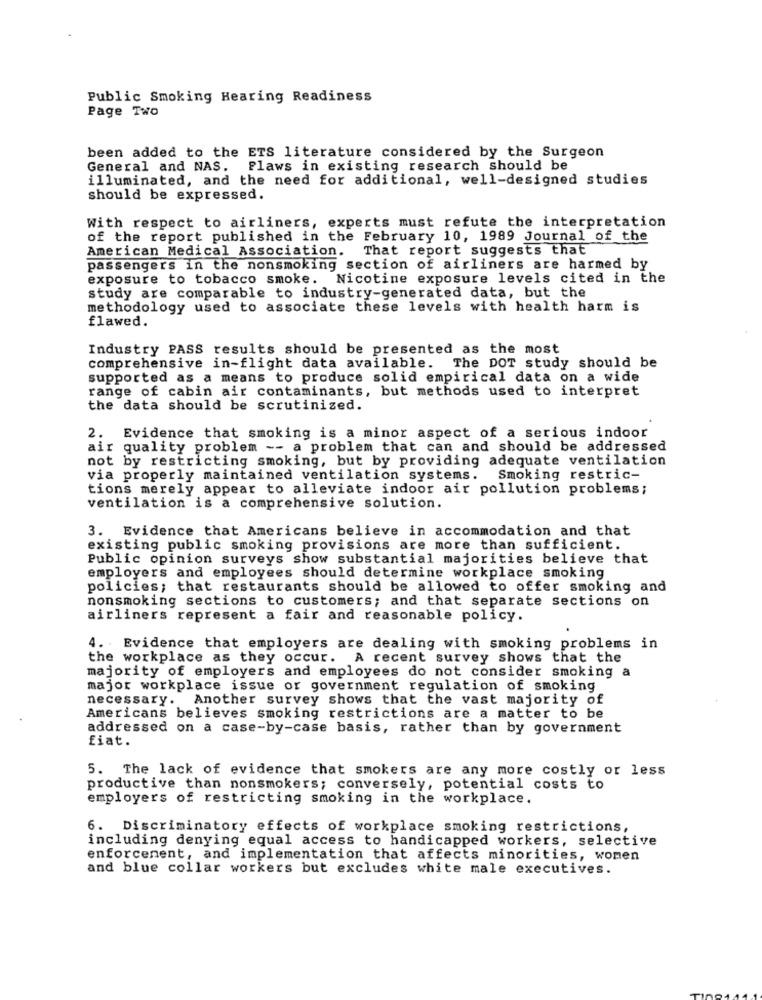
Public Smoking Hearing Readiness
Page Two
been added to the ETS literature considered by the Surgeon
General and NAS.
Flaws in existing research should be
illuminated, and the need for additional, well-designed studies
should be expressed.
With respect to airliners, experts must refute the interpretation
of the report published in the February 10, 1989 Journal of the
American Medical Association. That report suggests that
passengers in the nonsmoking section of airliners are harmed by
exposure to tobacco smoke. Nicotine exposure levels cited in the
study are comparable to industry-generated data, but the
methodology used to associate these levels with health harm is
flawed.
Industry PASS results should be presented as the most
comprehensive in-flight data available. The DOT study should be
supported as a means to produce solid empirical data on a wide
range of cabin air contaminants, but methods used to interpret
the data should be scrutinized.
2. Evidence that smoking is a minor aspect of a serious indoor
air quality problem -- a problem that can and should be addressed
not by restricting smoking, but by providing adequate ventilation
via properly maintained ventilation systems.
Smoking restric-
tions merely appear to alleviate indoor air pollution problems;
ventilation is a comprehensive solution.
3. Evidence that Americans believe in accommodation and that
existing public smoking provisions are more than sufficient.
Public opinion surveys show substantial majorities believe that
employers and employees should determine workplace smoking
policies; that restaurants should be allowed to offer smoking and
nonsmoking sections to customers; and that separate sections on
airliners represent a fair and reasonable policy.
4. Evidence that employers are dealing with smoking problems in
the workplace as they occur. A recent survey shows that the
majority of employers and employees do not consider smoking a
major workplace issue or government regulation of smoking
necessary. Another survey shows that the vast majority of
Americans believes smoking restrictions are a matter to be
addressed on a case-by-case basis, rather than by government
fiat.
5. The lack of evidence that smokers are any more costly or less
productive than nonsmokers; conversely, potential costs to
employers of restricting smoking in the workplace.
6. Discriminatory effects of workplace smoking restrictions,
including denying equal access to handicapped workers, selective
enforcement, and implementation that affects minorities, women
and blue collar workers but excludes white male executives.